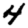
Digit: 4